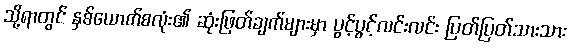
သို့ရာတွင် နှစ်ယောက်စလုံး၏ ဆုံးဖြတ်ချက်များမှာ ပွင့်ပွင့်လင်းလင်း ပြတ်ပြတ်သားသား